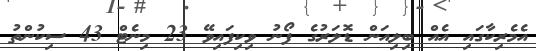
އެމެރިކާގައި އެއް ބިލިއަން ޑޮލަރުގެ ފޯނު ވިކިފައިވޭ 23 މިނެޓް 43 ސިކުންތު